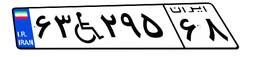
۶۳W۲۹۵۶۸